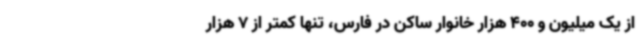
از یک میلیون و 400 هزار خانوار ساکن در فارس، تنها کمتر از 7 هزار